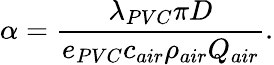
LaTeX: \alpha=\frac{\lambda_{PVC}\pi D}{e_{PVC}c_{air}\rho_{air}Q_{air}}.